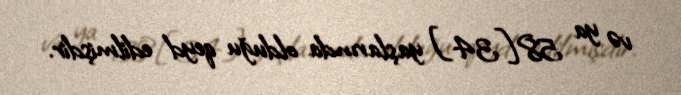
və ya 58[34] yaşlarında olduğu qeyd edilmişdir.